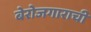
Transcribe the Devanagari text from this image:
बेरोजगाराची